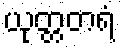
ယုတ္တတရံ